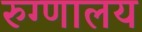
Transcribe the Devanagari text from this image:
रुग्‍णालय